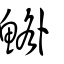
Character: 鯦